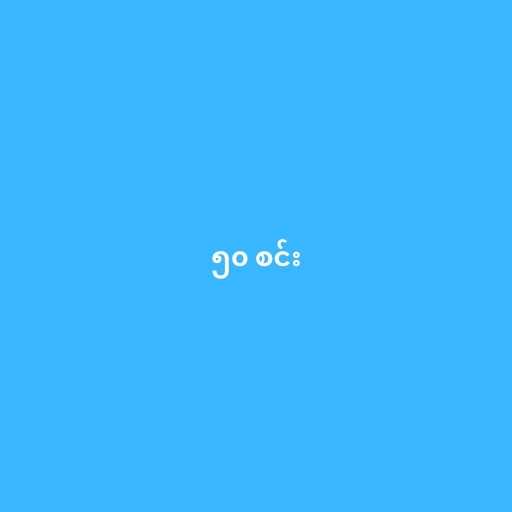
၅၀ စင်း